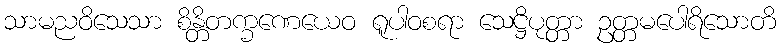
သာမညဝိသေသာ စိန္တိတက္ခဏေယေဝ ရူပါဝစရာ သေဋ္ဌိပုတ္တာ ဥတ္တမပေါရိသောတိ